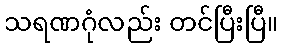
သရဏဂုံလည်း တင်ပြီးပြီ။